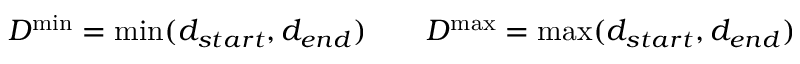
D ^ { \operatorname* { m i n } } = \operatorname* { m i n } ( { d } _ { s t a r t } , { d } _ { e n d } ) \qquad D ^ { \operatorname* { m a x } } = \operatorname* { m a x } ( { d } _ { s t a r t } , { d } _ { e n d } )